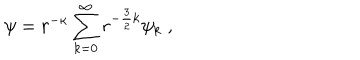
LaTeX: \psi = r ^ { - \kappa } \sum _ { k = 0 } ^ { \infty } r ^ { - \frac { 3 } { 2 } k } \psi _ { k } \; ,